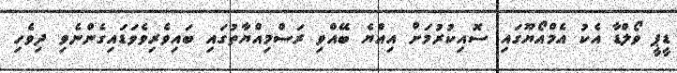
ޑީޕީ ވޯލްޑާ އެކު އެމްއޯޔޫގައި ސޮއިކުރުމަށް އިއްޔެ ބޭއްވި ރަސްމިއްޔާތުގައި ބައިވެރިވެވަޑައިގެންނެވި ދިވެހި